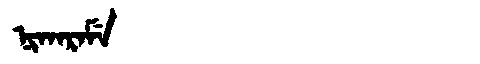
Manchu: ᠨᡳᡴᠠᡵᠠᠮᡝ
Romanization: NIKARAME